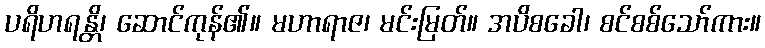
ပရိဟရန္တိ၊ ဆောင်ကုန်၏။ မဟာရာဇ၊ မင်းမြတ်။ အပိစခေါ၊ စင်စစ်သော်ကား။